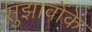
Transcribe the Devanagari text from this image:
सुझावोंके